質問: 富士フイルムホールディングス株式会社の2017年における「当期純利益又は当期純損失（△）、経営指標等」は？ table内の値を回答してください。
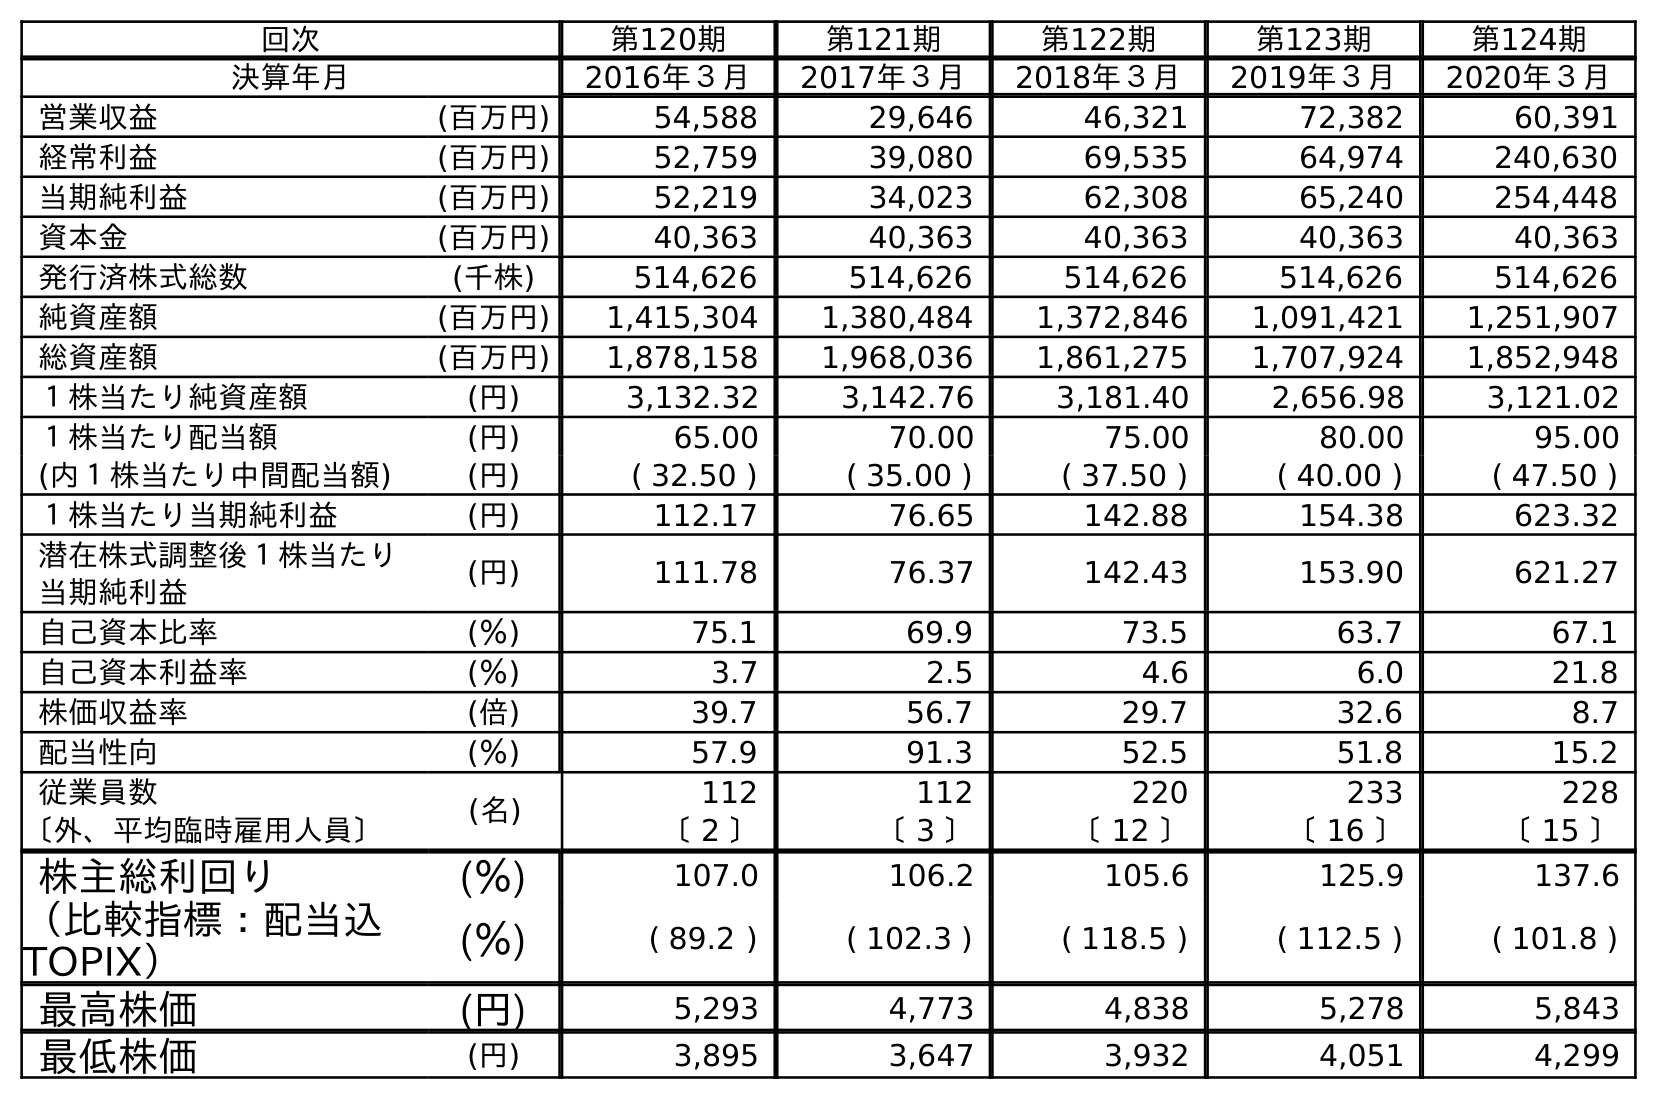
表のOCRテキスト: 回次 第120期 第121期 第122期 第123期 第124期 決算年月 2016年３月 2017年３月 2018年３月 2019年３月 2020年３月 営業収益 (百万円) 54,588 29,646 46,321 72,382 60,391 経常利益 (百万円) 52,759 39,080 69,535 64,974 240,630 当期純利益 (百万円) 52,219 34,023 62,308 65,240 254,448 資本金 (百万円) 40,363 40,363 40,363 40,363 40,363 発行済株式総数 (千株) 514,626 514,626 514,626 514,626 514,626 純資産額 (百万円) 1,415,304 1,380,484 1,372,846 1,091,421 1,251,907 総資産額 (百万円) 1,878,158 1,968,036 1,861,275 1,707,924 1,852,948 １株当たり純資産額 (円) 3,132.32 3,142.76 3,181.40 2,656.98 3,121.02 １株当たり配当額 (円) 65.00 70.00 75.00 80.00 95.00 (内１株当たり中間配当額) (円) ( 32.50 ) ( 35.00 ) ( 37.50 ) ( 40.00 ) ( 47.50 ) １株当たり当期純利益 (円) 112.17 76.65 142.88 154.38 623.32 潜在株式調整後１株当たり 当期純利益 (円) 111.78 76.37 142.43 153.90 621.27 自己資本比率 (％) 75.1 69.9 73.5 63.7 67.1 自己資本利益率 (％) 3.7 2.5 4.6 6.0 21.8 株価収益率 (倍) 39.7 56.7 29.7 32.6 8.7 配当性向 (％) 57.9 91.3 52.5 51.8 15.2 従業員数 (名) 112 112 220 233 228 〔外、平均臨時雇用人員〕 〔 2 〕 〔 3 〕 〔 12 〕 〔 16 〕 〔 15 〕 株主総利回り (％) 107.0 106.2 105.6 125.9 137.6 （比較指標：配当込 TOPIX） (％) ( 89.2 ) ( 102.3 ) ( 118.5 ) ( 112.5 ) ( 101.8 ) 最高株価 (円) 5,293 4,773 4,838 5,278 5,843 最低株価 (円) 3,895 3,647 3,932 4,051 4,299
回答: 34,023